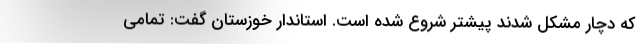
که دچار مشکل شدند پیشتر شروع شده است. استاندار خوزستان گفت: تمامی